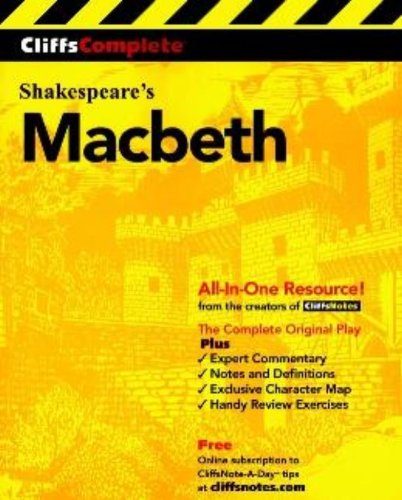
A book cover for CliffsComplete Macbeth; William Shakespeare; Literature & Fiction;